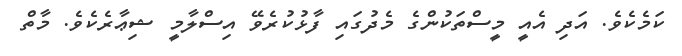
ކަމެކެވެ. އަދި އެއީ މީސްތަކުންގެ މެދުގައި ފާޅުކުރެވޭ އިސްލާމީ ޝިޢާރެކެވެ. މާތް